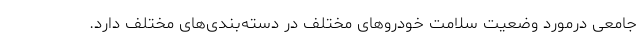
جامعی درمورد وضعیت سلامت خودروهای مختلف در دسته‌بندی‌های مختلف دارد.